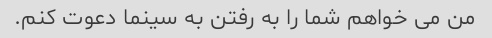
من می خواهم شما را به رفتن به سینما دعوت کنم.